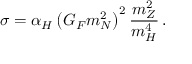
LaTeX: \sigma = \alpha _ { H } \left( G _ { F } m _ { N } ^ { 2 } \right) ^ { 2 } { \frac { m _ { Z } ^ { 2 } } { m _ { H } ^ { 4 } } } \, .